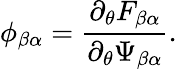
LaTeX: \phi_{\beta\alpha}=\frac{\partial_{\theta}F_{\beta\alpha}}{\partial_{\theta}\Psi_{\beta\alpha}}.